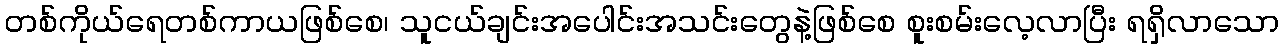
တစ်ကိုယ်ရေတစ်ကာယဖြစ်စေ၊ သူငယ်ချင်းအပေါင်းအသင်းတွေနဲ့ဖြစ်စေ စူးစမ်းလေ့လာပြီး ရရှိလာသော